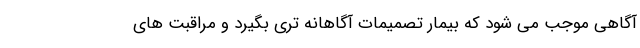
آگاهی موجب می شود که بیمار تصمیمات آگاهانه تری بگیرد و مراقبت های